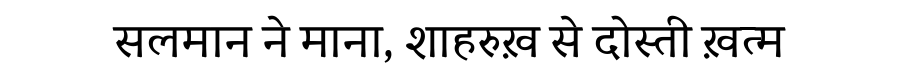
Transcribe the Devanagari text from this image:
सलमान ने माना, शाहरुख़ से दोस्ती ख़त्म